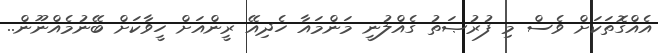
އެއްގޮތަކަށް ވެސް މި ފުރުޞަތު ގެއްލުނީ މަންމައާ ހެދިއޭ ރީންއަށް ހީވާކަށް ބޭނުމެއްނޫން..